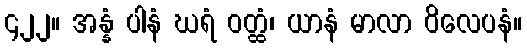
၄၂၂။ အန္နံ ပါနံ ဃရံ ဝတ္ထံ၊ ယာနံ မာလာ ဝိလေပနံ။